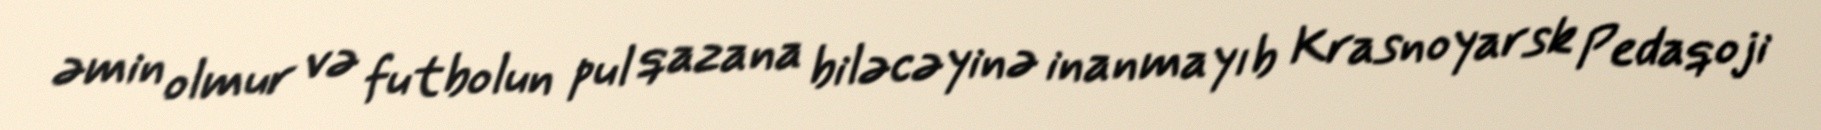
əmin olmur və futbolun pul qazana biləcəyinə inanmayıb Krasnoyarsk Pedaqoji